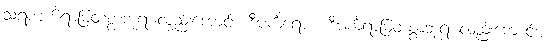
သရဏင်္ကရာမြတ်စွာဘုရားလည်းကောင်း။ ဒီပင်္ကရောစ၊ ဒီပင်္ကရာမြတ်စွာဘုရားလည်းကောင်း။